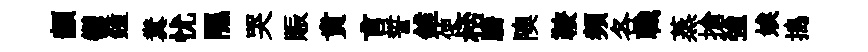
顓鬱鐘糞忧隰哭賑賁言誓錐使桮騰隩鞍頻各職蒸搶強娭搗